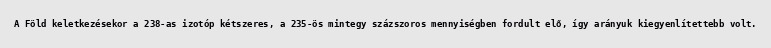
A Föld keletkezésekor a 238-as izotóp kétszeres, a 235-ös mintegy százszoros mennyiségben fordult elő, így arányuk kiegyenlítettebb volt.